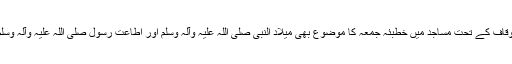
وزارتِ اوقاف کے تحت مساجد میں خطبئہ جمعہ کا موضوع بھی میلاد النبی صلی اللہ علیہ وآلہ وسلم اور اطاعت رسول صلی اللہ علیہ وآلہ وسلم ہوتا تھا۔